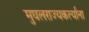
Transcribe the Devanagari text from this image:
मुघलराज्यकर्त्यांना